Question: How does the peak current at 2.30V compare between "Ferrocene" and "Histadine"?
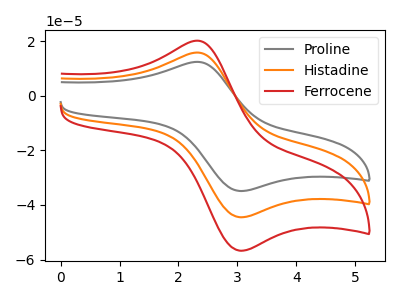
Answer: <think>The gray curve "Proline" has an anodic peak at (2.30V, 31.60uA) and a cathodic peak at (3.05V, -89.05uA). The orange curve "Histadine" has an anodic peak at (2.30V, 15.80uA) and a cathodic peak at (3.05V, -44.55uA). The red curve "Ferrocene" has an anodic peak at (2.30V, 20.15uA) and a cathodic peak at (3.05V, -56.80uA).</think>
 <answer>The peak at 2.30V is higher in "Ferrocene" than in "Histadine".</answer>
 <eval>higher</eval>